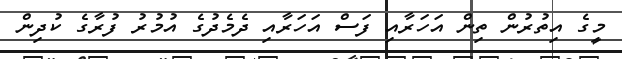
މީގެ އިތުރުން ތިން އަހަރާއި ފަސް އަހަރާއި ދެމެދުގެ އުމުރު ފުރާގެ ކުދިން